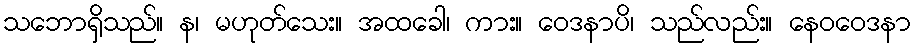
သဘောရှိသည်။ န၊ မဟုတ်သေး။ အထခေါ၊ ကား။ ဝေဒနာပိ၊ သည်လည်း။ နေဝဝေဒနာ